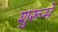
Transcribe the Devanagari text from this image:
शुरूमें